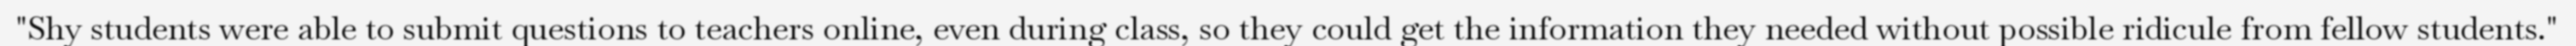
"Shy students were able to submit questions to teachers online, even during class, so they could get the information they needed without possible ridicule from fellow students."